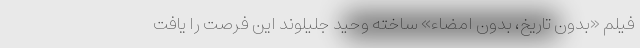
فیلم «بدون تاریخ، بدون امضاء» ساخته وحید جلیلوند این فرصت را یافت